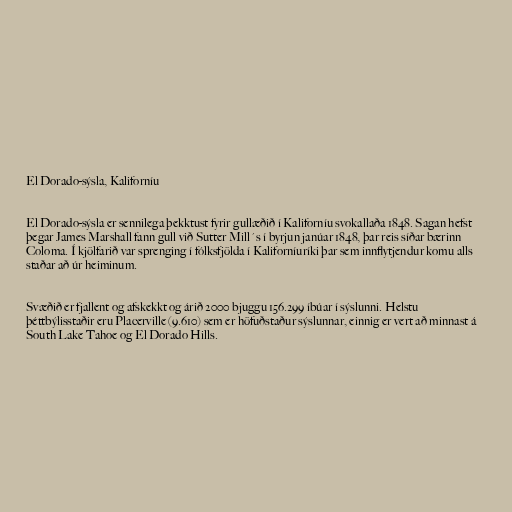
El Dorado-sýsla, Kaliforníu

El Dorado-sýsla er sennilega þekktust fyrir gullæðið í Kaliforníu svokallaða 1848. Sagan hefst
þegar James Marshall fann gull við Sutter Mill´s í byrjun janúar 1848, þar reis síðar bærinn
Coloma. Í kjölfarið var sprenging í fólksfjölda í Kaliforníuríki þar sem innflytjendur komu alls
staðar að úr heiminum.

Svæðið er fjallent og afskekkt og árið 2000 bjuggu 156.299 íbúar í sýslunni. Helstu
þéttbýlisstaðir eru Placerville (9.610) sem er höfuðstaður sýslunnar, einnig er vert að minnast á
South Lake Tahoe og El Dorado Hills.